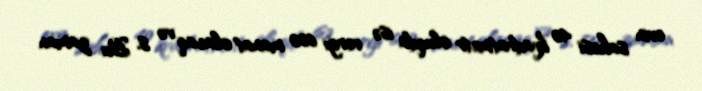
evin sahəsi 40 kvadratmetr oluqda isə vergi 600 manat olacaq və s. Bu zaman